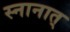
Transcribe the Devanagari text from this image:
स्नानात्